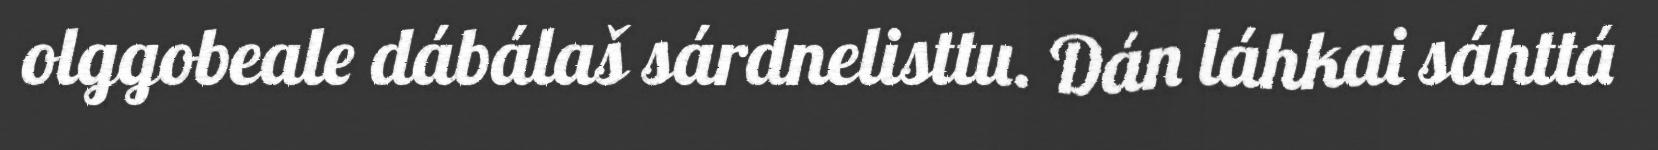
olggobeale dábálaš sárdnelisttu. Dán láhkai sáhttá